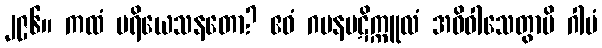
၂၉၆။ ကထံ ပရိယေသနတော? ဧဝံ ဂမနပဋိက္ကူလံ အဓိဝါသေတွာပိ ဂါမံ